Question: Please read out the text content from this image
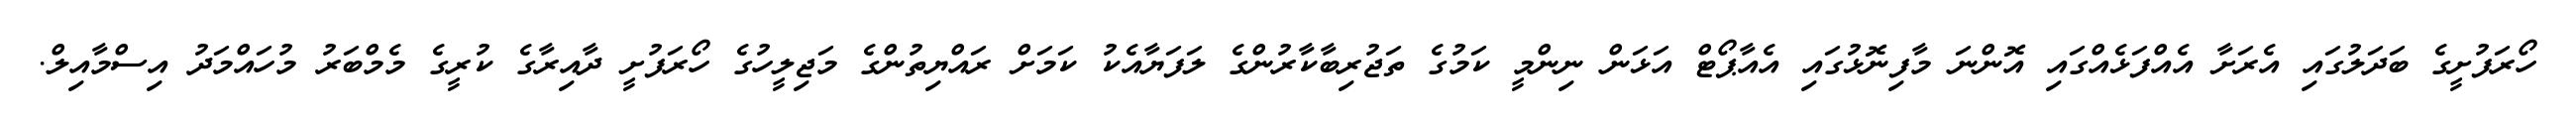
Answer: ހޯރަފުށީގެ ބަދަލުގައި އެރަށާ އެއްފަޅެއްގައި އޮންނަ މާފިނޮޅުގައި އެއާޕޯޓް އަޅަން ނިންމީ ކަމުގެ ތަޖުރިބާކާރުންގެ ލަފަޔާއެކު ކަމަށް ރައްޔިތުންގެ މަޖިލީހުގެ ހޯރަފުށީ ދާއިރާގެ ކުރީގެ މެމްބަރު މުހައްމަދު އިސްމާއިލް.